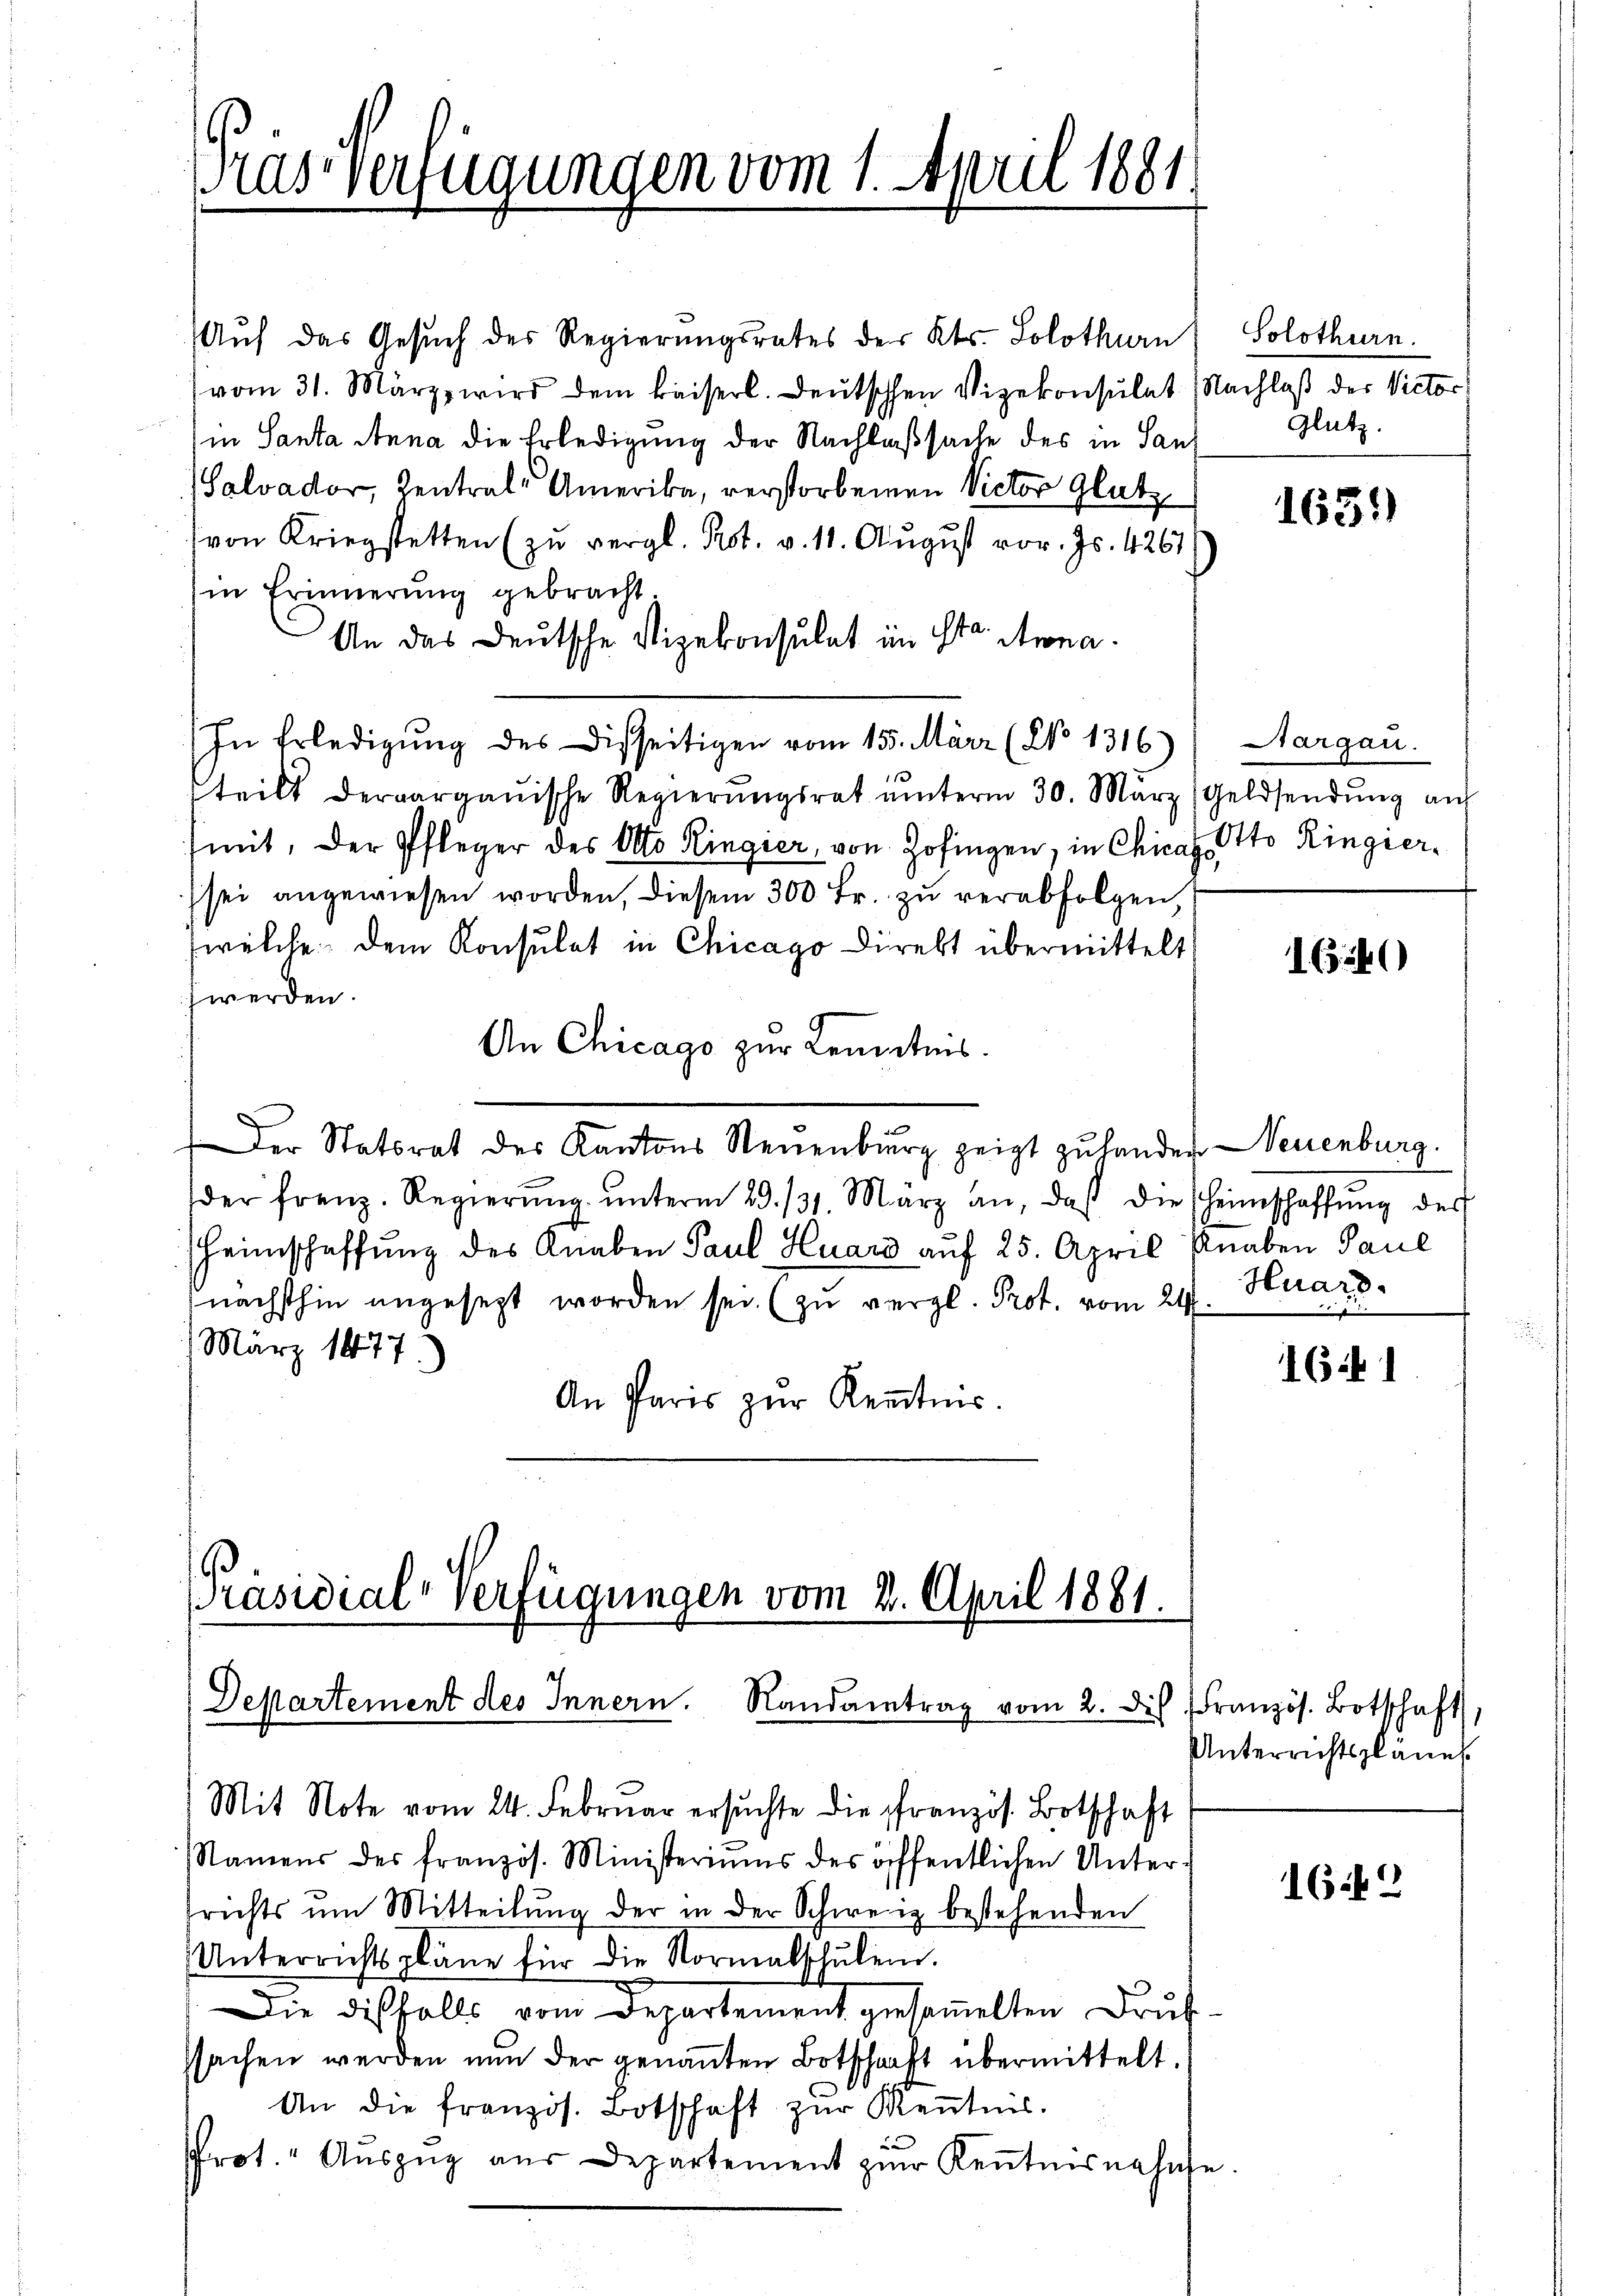
Pras Verfügungen vom 1. April 1881.

Auf das Gesuch des Regierungsrates der Kts. Solothurn
vom 31. März wird dem kaiserl. Deutschen Vizekonsulat (Nachlaß der Victor
in Santa Anna die Erledigung der Nachlaßsache des in Sanz
Salvador, Zentrals Amerika, verstorbenen Victor Glatzvon Kriegstetten (zu vergl. Prot. v. 11. August vor. Js. 4261
in Erinnerung gebracht.
An das Deutsche Vizekonsulat im St. Mona
In Erledigŭng des Disseitigen vom 15. März (No 1316) Aargau.
teilt deraargauische Regierŭngsrat unterm 30. März ( Geldsendŭng aŭf
mit, der Pfleger des Otto Ringier, von Zofingen, in Chicago Ringier
sei angewiesen worden, diesem 300 Fr. zŭ verabfolgen,
welche dem Konsulat in Chicago Direkt übermittelt
fwerden.
An Chicago zur Kenntnis.
Der Statsrat des Kantons Neuenburg zeigt zu hander Neuenburg.
der franz. Regierŭng ŭnterm 29. 131. März an, daß die scheinschaffŭng des
Heimschaffung des Knaben Paul Huard auf 25. April Knaben Paul
nächsthin angesezt worden sei. (zu vergl. Prot. vom 24t Huars
März 1877
An Paris zŭr Keṅtnis.

Präsidial-Verfügungen vom 2. April 1881.
Departement des Innern. Randantrag vom 2. des Französ. Botschaft,

Mit Note vom 24. Febrŭar ersŭchte die französ. Botschaft
Namens des französ. Ministeriums des öffentlichen Unter-
srichts um Mitteilŭng der in der Schweiz bestehenden
Unterrichtspläne für die Normalschŭlen.
Die disfalls vom Departement gesaṁelten Druk
sachen werden nŭn der genaṅten Botschaft übermittelt.
An die französ. Botschaft zŭr Keṅtnis.
u
rot." Aŭszŭg aŭs Departement zŭr Keṅtnisnahme

Solothurn.
Glutz.

1651)

1640

e

1641

Unterrichtspläne.

162